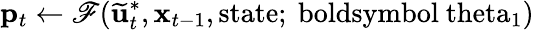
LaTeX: \mathbf{p}_{t}\gets\mathscr{F}(\widetilde{\mathbf{u}}_{t}^{*},\mathbf{x}_{t-1},\mathrm{{state};\ boldsymbol{\ theta}_{1})}